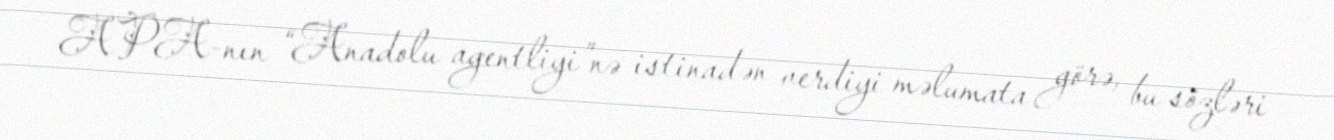
APA-nın “Anadolu agentliyi”nə istinadən verdiyi məlumata görə, bu sözləri